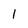
Character: l